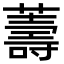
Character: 薵